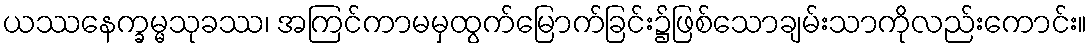
ယဿနေက္ခမ္မသုခဿ၊ အကြင်ကာမမှထွက်မြောက်ခြင်း၌ဖြစ်သောချမ်းသာကိုလည်းကောင်း။